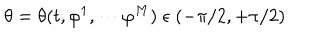
\theta = \theta ( t , \varphi ^ { 1 } , \cdots \varphi ^ { M } ) \; \epsilon \; ( - \pi / 2 , + \pi / 2 )